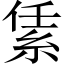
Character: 䋕